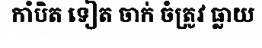
កាំបិត ទៀត ចាក់ ចំត្រូវ ធ្លាយ